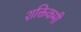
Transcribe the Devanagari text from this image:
शक्तिकमी